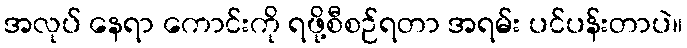
အလုပ် နေရာ ကောင်းကို ရဖို့စီစဉ်ရတာ အရမ်း ပင်ပန်းတာပဲ။